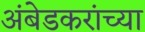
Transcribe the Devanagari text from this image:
अंबेडकरांच्या